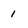
Character: 1